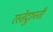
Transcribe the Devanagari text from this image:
रस्तेदुरुस्ती